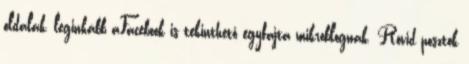
oldalak, leginkább aFacebook is tekinthető egyfajta mikroblognak. Rövid posztok